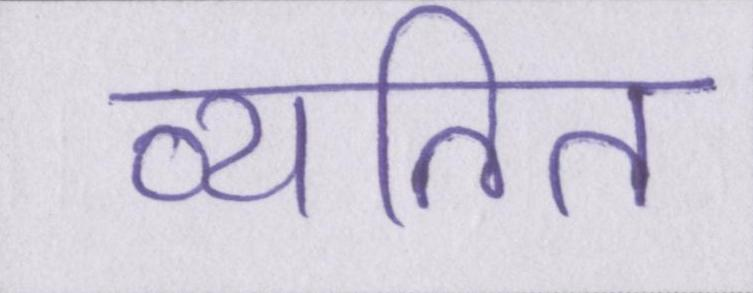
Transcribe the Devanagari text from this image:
व्यतित